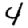
Digit: 4